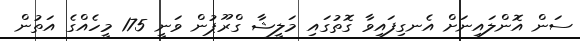
ސަން އޮންލައިނަށް އެނގިފައިވާ ގޮތުގައި މަލީޝާ ގްރޫޕުން ވަނީ 175 މީހެއްގެ އަތުން